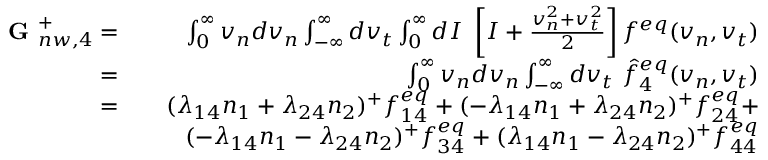
\begin{array} { r l r } { \textbf { G } _ { n w , 4 } ^ { + } = } & { } & { \int _ { 0 } ^ { \infty } v _ { n } d v _ { n } \int _ { - \infty } ^ { \infty } d v _ { t } \int _ { 0 } ^ { \infty } d I \ \left[ I + \frac { v _ { n } ^ { 2 } + v _ { t } ^ { 2 } } { 2 } \right] f ^ { e q } ( v _ { n } , v _ { t } ) } \\ { = } & { } & { \int _ { 0 } ^ { \infty } v _ { n } d v _ { n } \int _ { - \infty } ^ { \infty } d v _ { t } \ \hat { f } _ { 4 } ^ { e q } ( v _ { n } , v _ { t } ) } \\ { = } & { } & { ( \lambda _ { 1 4 } n _ { 1 } + \lambda _ { 2 4 } n _ { 2 } ) ^ { + } f _ { 1 4 } ^ { e q } + ( - \lambda _ { 1 4 } n _ { 1 } + \lambda _ { 2 4 } n _ { 2 } ) ^ { + } f _ { 2 4 } ^ { e q } + } \\ & { } & { ( - \lambda _ { 1 4 } n _ { 1 } - \lambda _ { 2 4 } n _ { 2 } ) ^ { + } f _ { 3 4 } ^ { e q } + ( \lambda _ { 1 4 } n _ { 1 } - \lambda _ { 2 4 } n _ { 2 } ) ^ { + } f _ { 4 4 } ^ { e q } } \end{array}